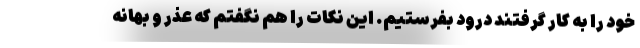
خود را به کار گرفتند درود بفرستیم. این نکات را هم نگفتم که عذر و بهانه